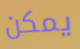
يمكن